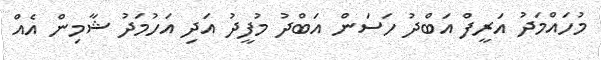
މުހައްމަދު އަރީފް އަބްދު ހަސަން އަބްދު މުފީދު އަދި އަހުމަދު ޝާމިން އެއް